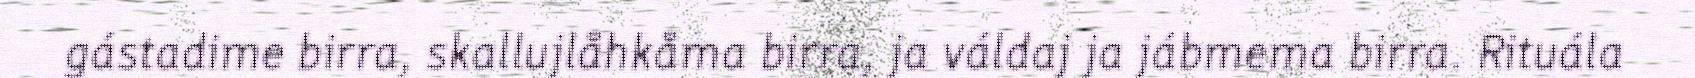
gástadime birra, skallujlåhkåma birra, ja váldaj ja jábmema birra. Rituála